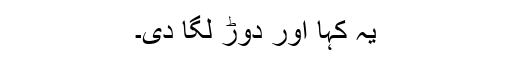
یہ کہا اور دوڑ لگا دی۔